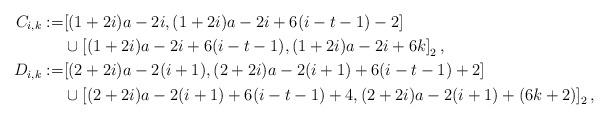
LaTeX: \begin{align*}C_{i,k} := & [(1+2i) a - 2 i, (1+2i) a - 2 i + 6 (i-t-1) - 2] \\& \cup \left[(1 + 2 i) a - 2 i + 6 (i-t-1), (1 + 2 i) a - 2 i + 6 k \right]_2,\\D_{i,k} := & [(2+2i) a - 2 (i+1), (2+2i) a - 2 (i+1) + 6 (i-t-1) + 2] \\& \cup \left[(2 + 2 i) a - 2 (i+1) + 6 (i-t-1) + 4, (2 + 2 i) a - 2 (i+1) + (6k+2) \right]_2,\\\end{align*}